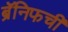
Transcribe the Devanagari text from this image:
ब्रॅनिफची